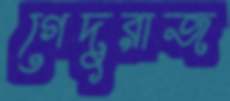
গেদুরাজ